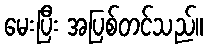
မေးပြီး အပြစ်တင်သည်။